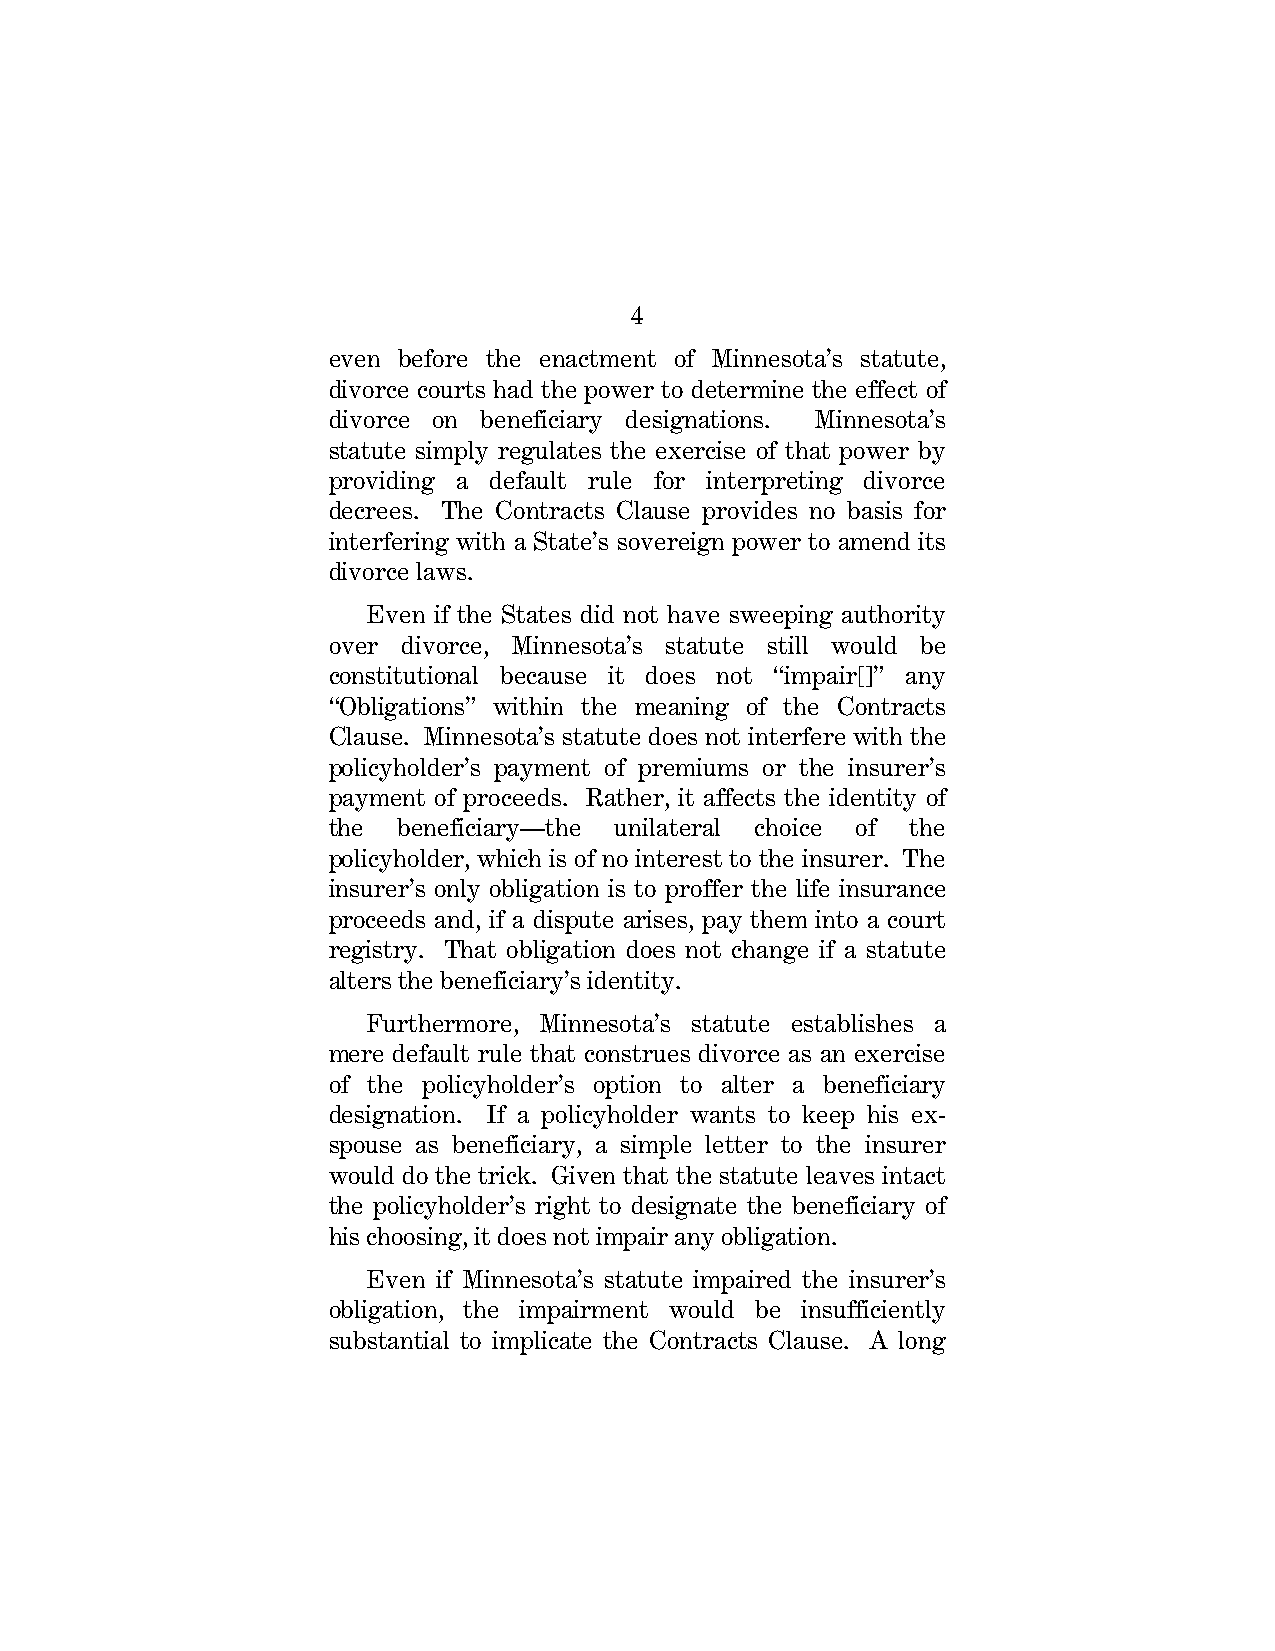
4
 even before the enactment of Minnesota’s statute,
 divorce courts had the power to determine the effect of
 divorce on beneficiary designations. Minnesota’s
 statute simply regulates the exercise of that power by
 providing a default rule for interpreting divorce
 decrees. The Contracts Clause provides no basis for
 interfering with a State’s sovereign power to amend its
 divorce laws.
 Even if the States did not have sweeping authority
 over divorce, Minnesota’s statute still would be
 constitutional because it does not “impair[]” any
 “Obligations” within the meaning of the Contracts
 Clause. Minnesota’s statute does not interfere with the
 policyholder’s payment of premiums or the insurer’s
 payment of proceeds. Rather, it affects the identity of
 the beneficiary—the unilateral choice of the
 policyholder, which is of no interest to the insurer. The
 insurer’s only obligation is to proffer the life insurance
 proceeds and, if a dispute arises, pay them into a court
 registry. That obligation does not change if a statute
 alters the beneficiary’s identity.
 Furthermore, Minnesota’s statute establishes a
 mere default rule that construes divorce as an exercise
 of the policyholder’s option to alter a beneficiary
 designation. If a policyholder wants to keep his ex-
 spouse as beneficiary, a simple letter to the insurer
 would do the trick. Given that the statute leaves intact
 the policyholder’s right to designate the beneficiary of
 his choosing, it does not impair any obligation.
 Even if Minnesota’s statute impaired the insurer’s
 obligation, the impairment would be insufficiently
 substantial to implicate the Contracts Clause. A long